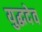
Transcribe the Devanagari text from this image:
युद्धदेव